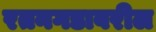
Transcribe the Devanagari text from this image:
रतनगडावरील